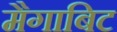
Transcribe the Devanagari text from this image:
मैगाबिट